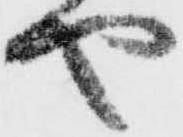
や